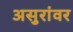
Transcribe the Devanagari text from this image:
असुरांवर